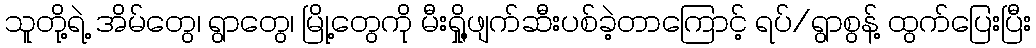
သူတို့ရဲ့ အိမ်တွေ၊ ရွာတွေ၊ မြို့တွေကို မီးရှို့ဖျက်ဆီးပစ်ခဲ့တာကြောင့် ရပ်/ရွာစွန့် ထွက်ပြေးပြီး